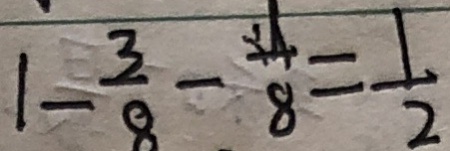
1 - \frac { 3 } { 8 } - \frac { 1 } { 8 } = \frac { 1 } { 2 }